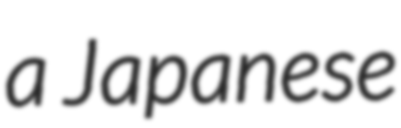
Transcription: a Japanese